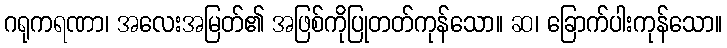
ဂရုကရဏာ၊ အလေးအမြတ်၏ အဖြစ်ကိုပြုတတ်ကုန်သော။ ဆ၊ ခြောက်ပါးကုန်သော။